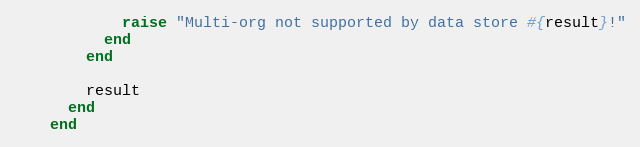
Language: Ruby
            raise "Multi-org not supported by data store #{result}!"
          end
        end

        result
      end
    end